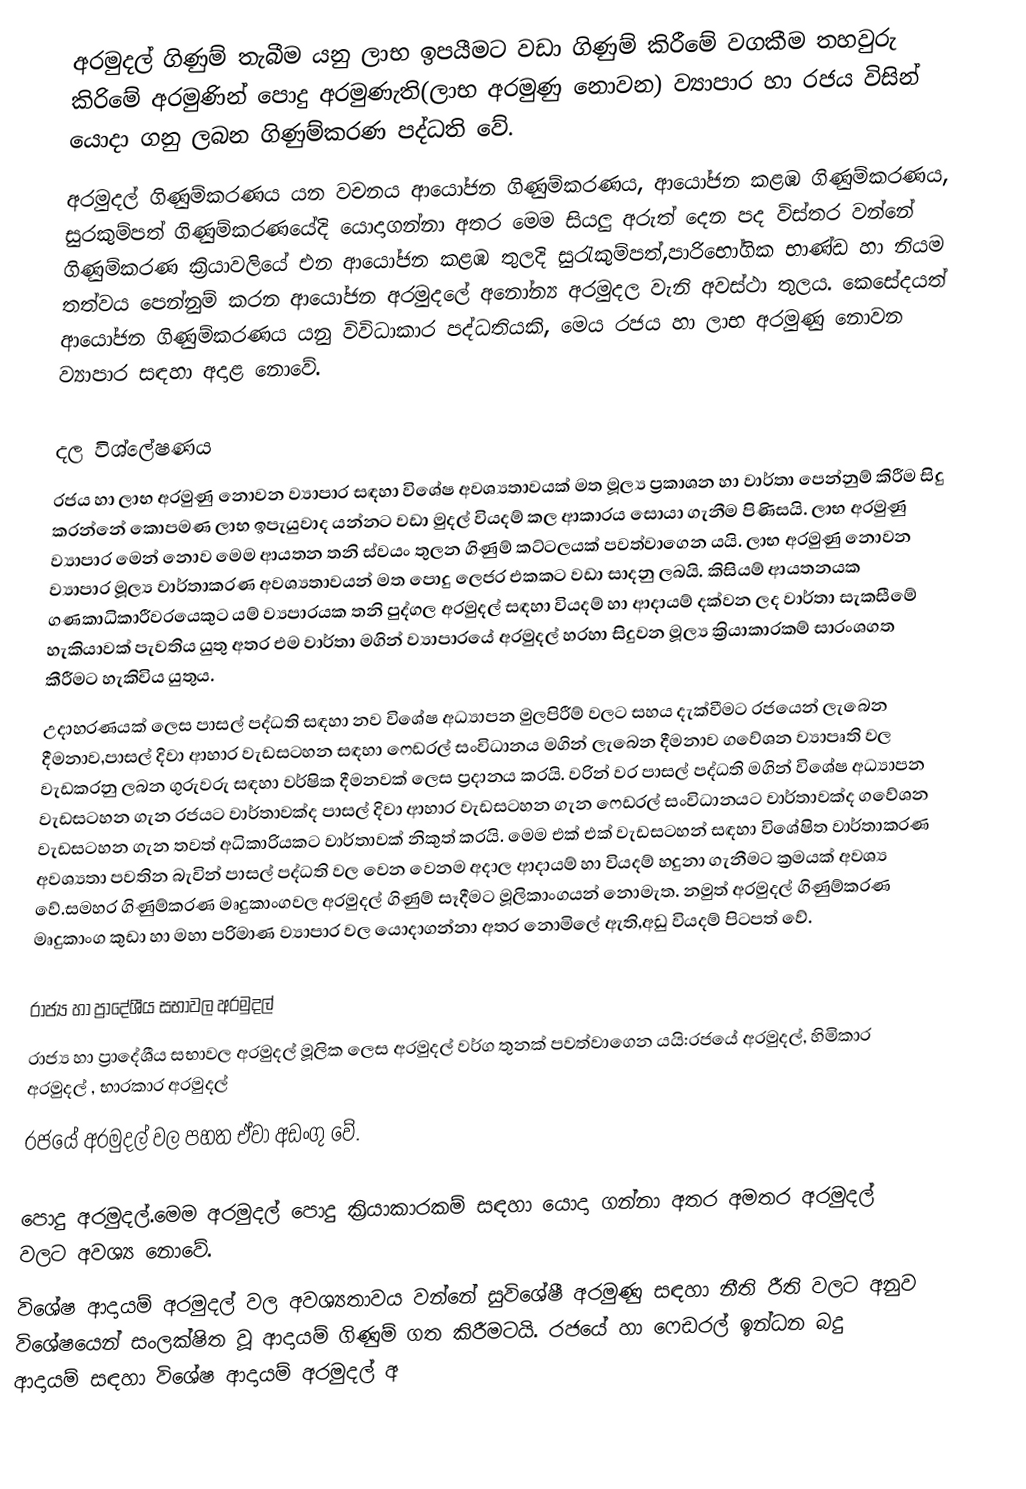
අරමුදල් ගිණුම් තැබීම යනු ලාභ ඉපයීමට වඩා ගිණුම් කිරීමේ වගකීම තහවුරු කිරිමේ අරමුණින් පොදු අරමුණැති(ලාභ අරමුණු නොවන) ව්‍යාපාර හා රජය විසින් යොදා ගනු ලබන ගිණුම්කරණ පද්ධති වේ.
අරමුදල් ගිණුම්කරණය යන වචනය ආයෝජන ගිණුම්කරණය, ආයෝජන කළඹ ගිණුම්කරණය, සුරකුම්පත් ගිණුම්කරණයේදි යොදාගන්නා අතර මෙම සියලු අරුත් දෙන පද විස්තර වන්නේ ගිණුම්කරණ ක්‍රියාවලියේ එන ආයෝජන කළඹ තුලදි සුරැකුම්පත්,පාරිභෝගික භාණ්ඩ හා නියම තත්වය පෙන්නුම් කරන ආයෝජන අරමුදලේ අනෝන්‍ය අරමුදල වැනි අවස්ථා තුලය.  කෙසේදයත් ආයෝජන ගිණුම්කරණය යනු විවිධාකාර පද්ධතියකි, මෙය රජය හා ලාභ අරමුණු නොවන ව්‍යාපාර සඳහා අදාළ නොවේ.

දල විශ්ලේෂණය
රජය හා ලාභ අරමුණු නොවන ව්‍යාපාර සඳහා විශේෂ අවශ්‍යතාවයක් මත මූල්‍ය ප්‍රකාශන හා වාර්තා පෙන්නුම් කිරීම සිදු කරන්නේ කොපමණ ලාභ ඉපැයුවාද යන්නට වඩා මුදල් වියදම් කල ආකාරය සොයා ගැනීම පිණිසයි. ලාභ අරමුණු ව්‍යාපාර මෙන් නොව මෙම ආයතන තනි ස්වයං තුලන ගිණුම් කට්ටලයක් පවත්වාගෙන යයි. ලාභ අරමුණු නොවන ව්‍යාපාර මූල්‍ය වාර්තාකරණ අවශ්‍යතාවයන් මත පොදු ලෙජර එකකට  වඩා සාදනු ලබයි. කිසියම් ආයතනයක ගණකාධිකාරීවරයෙකුට යම් ව්‍යපාරයක තනි පුද්ගල අරමුදල් සඳහා වියදම් හා ආදායම් දක්වන ලද වාර්තා සැකසීමේ හැකියාවක් පැවතිය යුතු අතර එම වාර්තා මගින් ව්‍යාපාරයේ අරමුදල් හරහා සිදුවන මූල්‍ය ක්‍රියාකාරකම් සාරංශගත කීරීමට හැකිවිය යුතුය.
උදාහරණයක් ලෙස පාසල් පද්ධති සඳහා නව විශේෂ අධ්‍යාපන මුලපිරීම් වලට සහය දැක්වීමට රජයෙන් ලැබෙන දීමනාව,පාසල් දිවා ආහාර වැඩසටහන සඳහා ෆෙඩරල් සංවිධානය මගින් ලැබෙන දීමනාව ගවේශන ව්‍යාපෘති වල වැඩකරනු ලබන ගුරුවරු සඳහා වර්ෂික දීමනවක් ලෙස ප්‍රදානය කරයි. වරින් වර පාසල් පද්ධති මගින් විශේෂ අධ්‍යාපන වැඩසටහන ගැන රජයට වාර්තාවක්ද පාසල් දිවා ආහාර වැඩසටහන ගැන ෆෙඩරල් සංවිධානයට වාර්තාවක්ද ගවේශන වැඩසටහන ගැන තවත් අධිකාරියකට වාර්තාවක් නිකුත් කරයි. මෙම එක් එක් වැඩසටහන් සඳහා විශේෂිත වාර්තාකරණ අවශ්‍යතා පවතින බැවින් පාසල් පද්ධති වල වෙන වෙනම අදාල ආදායම් හා වියදම් හදුනා ගැනීමට ක්‍රමයක් අවශ්‍ය වේ.සමහර ගිණුම්කරණ මෘදුකාංගවල අරමුදල් ගිණුම් සෑදීමට මූලිකාංගයන් නොමැත. නමුත් අරමුදල් ගිණුම්කරණ මෘදුකාංග කුඩා හා මහා පරිමාණ ව්‍යාපාර වල යොදාගන්නා අතර නොමිලේ ඇති,අඩු වියදම් පිටපත් වේ.

රාජ්‍ය හා ප්‍රාදේශීය සභාවල අරමුදල්
රාජ්‍ය හා ප්‍රාදේශීය සභාවල අරමුදල් මූලික ලෙස අරමුදල් වර්ග තුනක් පවත්වාගෙන යයි:රජයේ අරමුදල්, හිමිකාර අරමුදල් , භාරකාර අරමුදල්
රජයේ අරමුදල් වල පහත ඒවා අඩංගු වේ.

 පොදු  අරමුදල්.මෙම අරමුදල් පොදු ක්‍රියාකාරකම් සඳහා යොදා ගන්නා අතර අමතර අරමුදල් වලට අවශ්‍ය නොවේ.
 විශේෂ ආදායම් අරමුදල් වල අවශ්‍යතාවය වන්නේ සුවිශේෂී අරමුණු සඳහා නීති රීති වලට අනුව විශේෂයෙන් සංලක්ෂිත වූ ආදායම් ගිණුම් ගත කිරීමටයි. රජයේ හා ෆෙඩරල් ඉන්ධන බදු ආදායම් සඳහා විශේෂ ආදායම් අරමුදල් අ